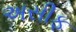
અસીફ